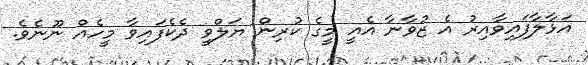
އަޅާލާފައިވާއިރު އެ ޒުވާނާ އެއީ މީގެ ކުރިން ޔަލްވީ ދެކެފައިވާ މީހެއް ނޫނެވެ.